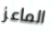
الماعز